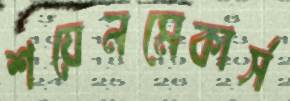
শয়েনমেকার্স